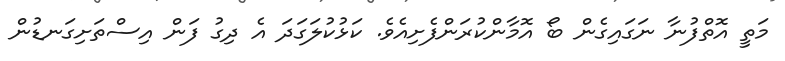
މަތީ އޮތްފުނާ ނަގައިގެން ބޯ އޮމާންކުރަންފެށިއެވެ. ކަޅުކުލަގަދަ އެ ދިގު ފަން އިސްތަށިގަނޑުން